Medical and sanitary report of the native army of Bengal for the year
Year: 1875
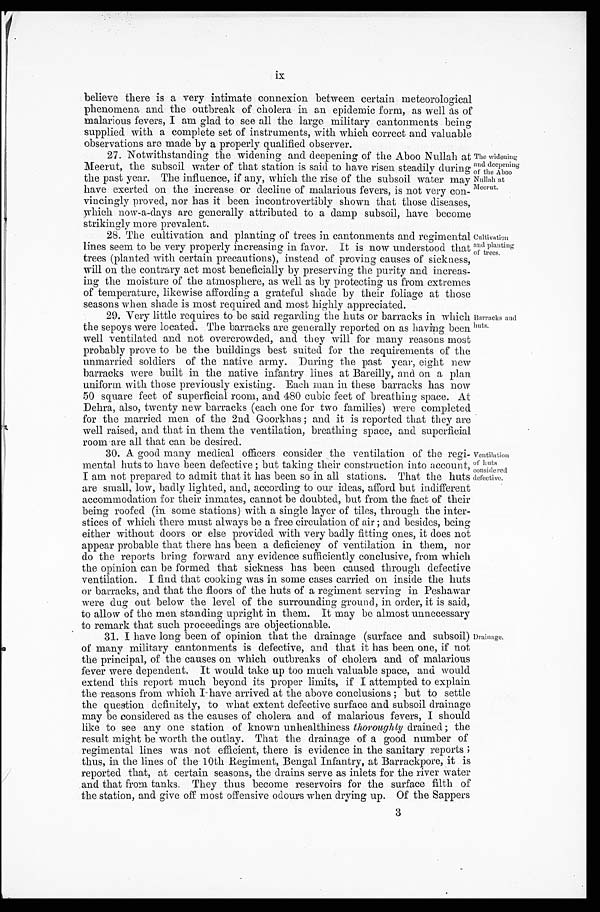
ix
believe there is a very intimate connexion between certain meteorological
phenomena and the outbreak of cholera in an epidemic form, as well as of
malarious fevers, I am glad to see all the large military cantonments being
supplied with a complete set of instruments, with which correct and valuable
observations are made by a properly qualified observer.
27. Notwithstanding the widening and deepening of the Aboo Nullah at
Meerut, the subsoil water of that station is said to have risen steadily during
the past year. The influence, if any, which the rise of the subsoil water may
have exerted on the increase or decline of malarious fevers, is not very con-
vincingly proved, nor has it been incontrovertibly shown that those diseases,
which now-a-days are generally attributed to a damp subsoil, have become
strikingly more prevalent.
The widening
and deepening
of the Aboo
Nullah at
Meerut.
28. The cultivation and planting of trees in cantonments and regimental
lines seem to be very properly increasing in favor. It is now understood that
trees (planted with certain precautions), instead of proving causes of sickness,
will on the contrary act most beneficially by preserving the purity and increas-
ing the moisture of the atmosphere, as well as by protecting us from extremes
of temperature, likewise affording a grateful shade by their foliage at those
seasons when shade is most required and most highly appreciated.
29. Very little requires to be said regarding the huts or barracks in which
the sepoys were located. The barracks are generally reported on as having been
well ventilated and not overcrowded, and they will for many reasons most
probably prove to be the buildings best suited for the requirements of the
unmarried soldiers of the native army. During the past year, eight new
barracks were built in the native infantry lines at Bareilly, and on a plan
uniform with those previously existing. Each man in these barracks has now
50 square feet of superficial room, and 480 cubic feet of breathing space. At
Dehra, also, twenty new barracks (each one for two families) were completed
for the married men of the 2nd Goorkhas; and it is reported that they are
well raised, and that in them the ventilation, breathing space, and superficial
r o o m a r e a l l t h a t c a n b e d e s i r e d .
30. A good many medical officers consider the ventilation of the regi-
mental huts to have been defective; but taking their construction into account,
I am not prepared to admit that it has been so in all stations. That the huts
are small, low, badly lighted, and, according to our ideas, afford but indifferent
accommodation for their inmates, cannot be doubted, but from the fact of their
being roofed (in some stations) with a single layer of tiles, through the inter-
stices of which there must always be a free circulation of air; and besides, being
either without doors or else provided with very badly fitting ones, it does not
appear probable that there has been a deficiency of ventilation in them, nor
do the reports bring forward any evidence sufficiently conclusive, from which
the opinion can be formed that sickness has been caused through defective
ventilation. I find that cooking was in some cases carried on inside the huts
or barracks, and that the floors of the huts of a regiment serving in Peshawar
were dug out below the level of the surrounding ground, in order, it is said,
to allow of the men standing upright in them. It may be almost unnecessary
to remark that such proceedings are objectionable.
31. I have long been of opinion that the drainage (surface and subsoil)
of many military cantonments is defective, and that it has been one, if not
the principal, of the causes on which outbreaks of cholera and of malarious
fever were dependent. It would take up too much valuable space, and would
extend this report much beyond its proper limits, if I attempted to explain
the reasons from which I have arrived at the above conclusions; but to settle
the question definitely, to what extent defective surface and subsoil drainage
may be considered as the causes of cholera and of malarious fevers, I should
like to see any one station of known unhealthiness thoroughly drained; the
result might be worth the outlay. That the drainage of a good number of
regimental lines was not efficient, there is evidence in the sanitary reports;
thus, in the lines of the 10th Regiment, Bengal Infantry, at Barrackpore, it is
reported that, at certain seasons, the drains serve as inlets for the river water
and that from tanks. They thus become reservoirs for the surface filth of
the station, and give off most offensive odours when drying up. Of the Sappers
3
Cultivation
and planting
of trees.
Barracks and
huts.
Ventilation
of huts
considered
defective.
Drainage.